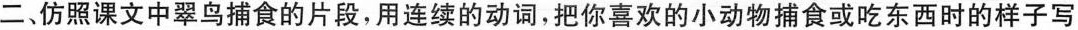
二、仿照课文中翠鸟捕食的片段，用连续的动词，把你喜欢的小动物捕食或吃东西时的样子